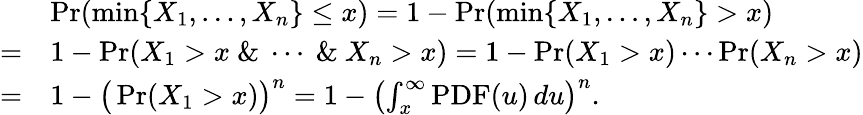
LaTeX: \begin{array}{rl}&{\operatorname*{Pr}(\operatorname*{min}\{ X_{1},\ldots,X_{n}\} \le x)=1-\operatorname*{Pr}(\operatorname*{min}\{ X_{1},\ldots,X_{n}\} >x)}\\ {=}&{1-\operatorname*{Pr}(X_{1}>x\ \& \ \cdots\ \& \ X_{n}>x)=1-\operatorname*{Pr}(X_{1}>x)\cdots\operatorname*{Pr}(X_{n}>x)}\\ {=}&{1-\big(\operatorname*{Pr}(X_{1}>x)\big)^{n}=1-\left(\int_{x}^{\infty}\operatorname{PDF}(u)\, du\right)^{n}.}\end{array}